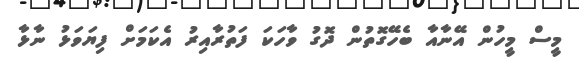
މީސް މީހުން އޭނާއާ ބެހޭގޮތުން ދޮގު ވާހަކަ ފަތުރާއިރު އެކަމަށް ފިޔަވަޅު ނާޅާ